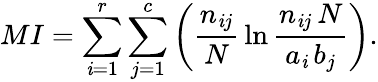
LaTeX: MI=\sum_{\mathit{i}=1}^{r}\sum_{j=1}^{c}\left(\frac{{n_{\mathit{i}j}}}{{N}}\, \ln\frac{{n_{\mathit{i}j}\, N}}{{a_{\mathit{i}}\, b_{j}}}\right).